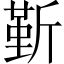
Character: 𣂷